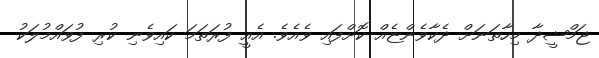
ޖަމްޝީދާ މިހާތަނަށް ދެކާވެންޏެއް ކޮށްފައި ވެއެވެ. އެއީ ފުރަތަމަ ކައިވެނި ކުރި ފުވައްމުލަކު